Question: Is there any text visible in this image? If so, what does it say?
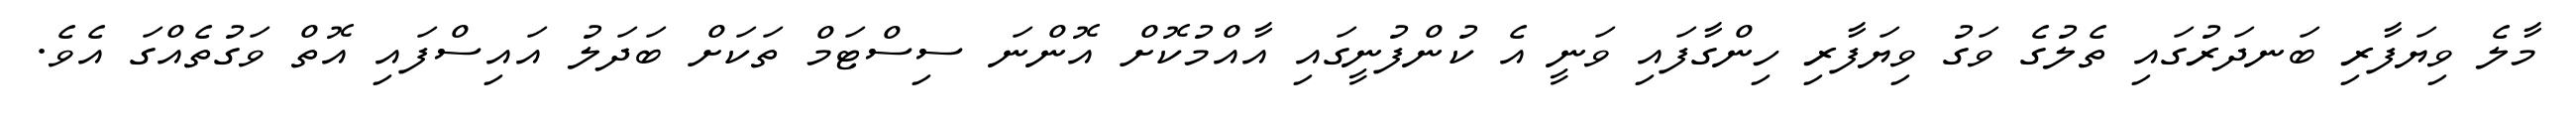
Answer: މާލެ ވިޔަފާރި ބަނދަރުގައި ތެލުގެ ވަގު ވިޔަފާރި ހިންގާފައި ވަނީ އެ ކުންފުނީގައި އާއްމުކޮށް އޮންނަ ސިސްޓަމް ތަކަށް ބަދަލު އައިސްފައި އޮތް ވަގުތެއްގަ އެވެ.